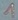
Text: 1